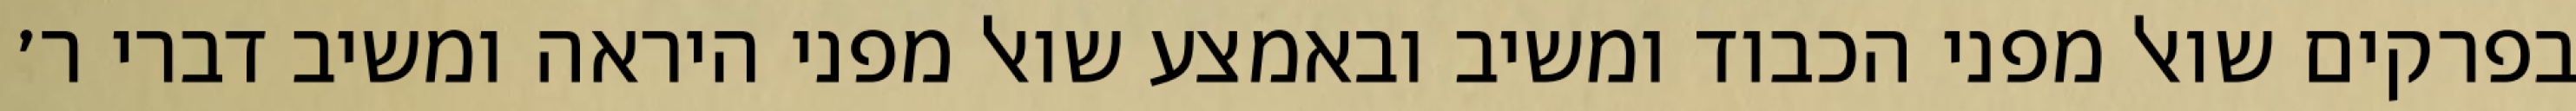
בפרקים שואל מפני הכבוד ומשיב ובאמצע שואל מפני היראה ומשיב דברי ר׳